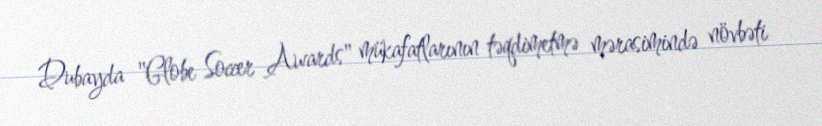
Dubayda "Globe Soccer Awards" mükafatlarının təqdimetmə mərasimində növbəti